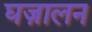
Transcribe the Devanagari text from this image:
घज़ालन